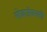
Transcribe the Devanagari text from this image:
लोकजीवनाशी